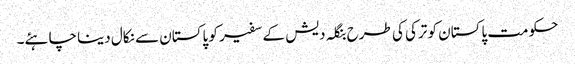
حکومت پاکستان کو ترکی کی طرح بنگلہ دیش کے سفیر کو پاکستان سے نکال دینا چاہئے۔